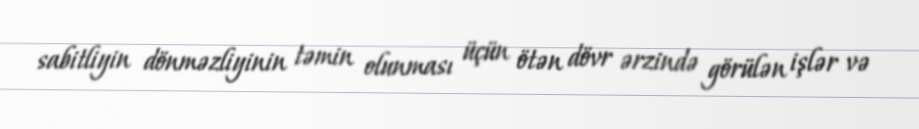
sabitliyin dönməzliyinin təmin olunması üçün ötən dövr ərzində görülən işlər və